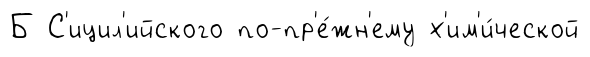
Б С'ицил'ийского по-пр'е́жн'ему х'им'и́ческой